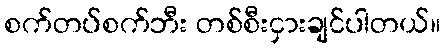
စက်တပ်စက်ဘီး တစ်စီးငှားချင်ပါတယ်။